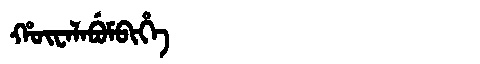
Manchu: ᡥᡡᠸᠠᠯᠠᠪᡠᠮᠪᡳᡥᡝ
Romanization: HŪWALABUMBIHE